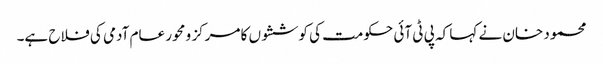
محمود خان نے کہا کہ پی ٹی آئی حکومت کی کوششوں کا مرکز و محور عام آدمی کی فلاح ہے۔